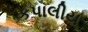
કપાલીય